Annual report of the Punjab Veterinary College and of the Civil Veterinary Department, Punjab - 1920-1925
Year: 1920
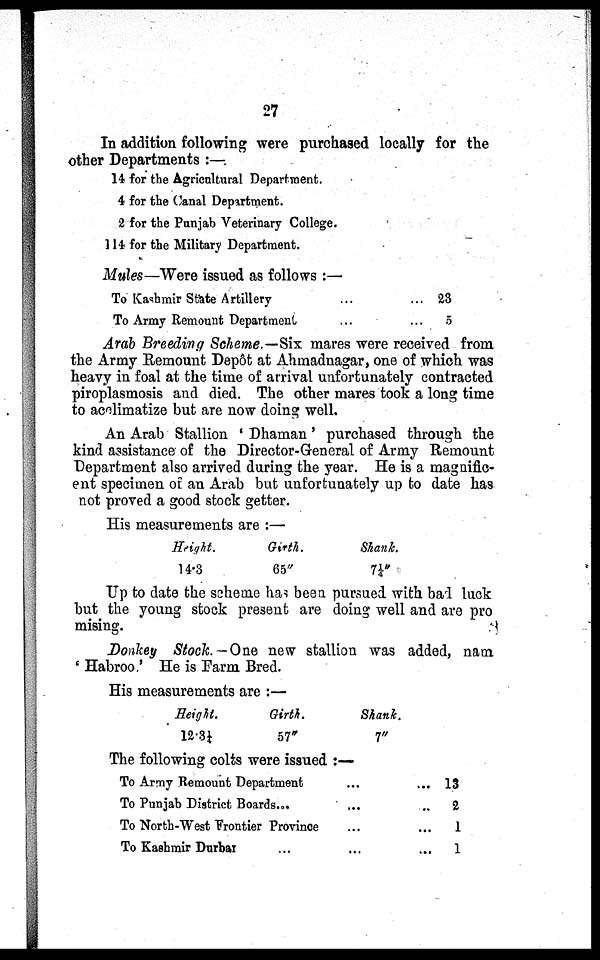
27
In addition following were purchased locally for the
other Departments:—
14 for the Agricultural Department.
4 for the Canal Department.
2 for the Punjab Veterinary College.
114 for the Military Department.
Mules—Were issued as follows:—
To Kashmir State Artillery ...
To Army Remount Department ...
... 23
... 5
Arab Breeding Scheme.—Six mares were received from
the Army Remount Depôt at Ahmadnagar, one of which was
heavy in foal at the time of arrival unfortunately contracted
piroplasmosis and died. The other mares took a long time
to acclimatize but are now doing well.
An Arab Stallion 'Dhaman' purchased through the
kind assistance of the Director-General of Army Remount
Department also arrived during the year. He is a magnific-
ent specimen of an Arab but unfortunately up to date has
not proved a good stock getter.
His measurements are:—
Height.
14.3
Girth.
65"
Shank.
71/4"
Up to date the scheme has been pursued with bad luck
but the young stock present are doing well and are pro
raising.
Donkey Stock.—One new stallion was added, nam
'Habroo.' He is Farm Bred.
His measurements are:—
Height.
12.31/4
Girth.
57"
Shank.
7"
The following colts were issued:—
To Army Remount Department ...
To Punjab District Boards... ...
To North-West Frontier Province ...
To Kashmir Durbar ... ...
... 13
..
2
...
1
...
1